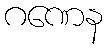
ဂဏေန